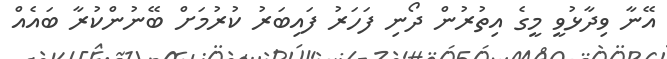
އޭނާ ވިދާޅުވީ މީގެ އިތުރުން ދޯނި ފަަހަރު ފައިބަރު ކުރުމަށް ބޭނުންކުރާ ބައެއް